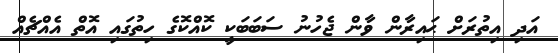
އަދި އިތުރަށް ޙައިރާން ވާން ޖެހުނު ސަބަބަކީ ކޮއްކޮގެ ހިތުގައި އޮތް އެއްޗެއް